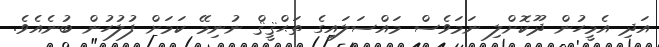
އަދި އެމީހުން ދޫކޮށްލި ނަމަވެސް މައްސަލައިގެ ތަޙްޤީޤް ނުނިމޭ ކަމަށް ފުލުހުން ބުނެއެވެ.